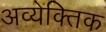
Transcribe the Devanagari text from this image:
अव्येक्तिक